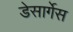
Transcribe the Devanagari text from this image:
डेसार्गेस